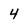
Character: 4